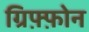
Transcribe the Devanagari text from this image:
ग्रिफ़्फ़ोन